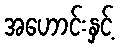
အဟောင်းနှင့်